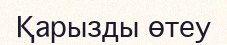
Қарызды өтеу